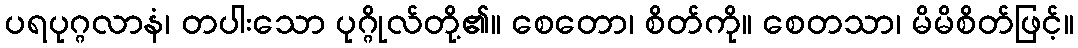
ပရပုဂ္ဂလာနံ၊ တပါးသော ပုဂ္ဂိုလ်တို့၏။ စေတော၊ စိတ်ကို။ စေတသာ၊ မိမိစိတ်ဖြင့်။